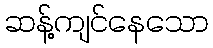
ဆန့်ကျင်နေသော